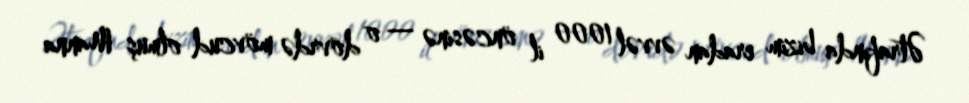
Ətrafında bizim eradan əvvəl 1000 il öncəsinə — o dövrdə mövcud olmuş Manna